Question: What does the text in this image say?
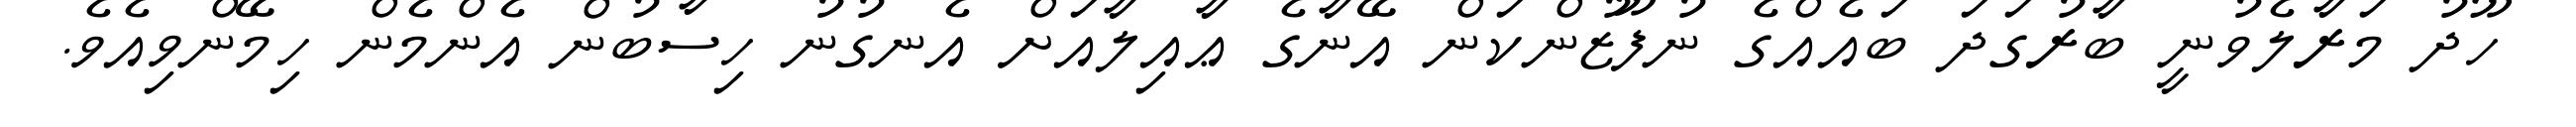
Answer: ހޫދު މަރާލެވުނީ ބާރުގަދަ ބައެއްގެ ނުފޫޒުންކަން އޭނާގެ ޢާއިލާއަށް އެނގުނު ހިސާބުން އެންމެން ހިމޭންވިއެވެ.